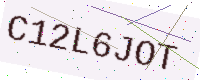
Text: C12L6JOT